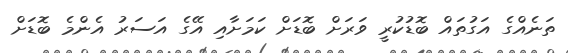
ތަނެއްގެ އަގުތައް ބޮޑުކުރީ ވަރަށް ބޮޑަށް ކަމަށާއި އޭގެ އަސަރު އެންމެ ބޮޑަށް